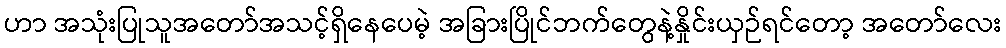
ဟာ အသုံးပြုသူအတော်အသင့်ရှိနေပေမဲ့ အခြားပြိုင်ဘက်တွေနဲ့နှိုင်းယှဉ်ရင်တော့ အတော်လေး